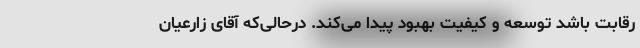
رقابت باشد توسعه و کیفیت بهبود پیدا می‌کند. درحالی‌که آقای زارعیان